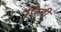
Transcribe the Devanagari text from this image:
ज़िंगी